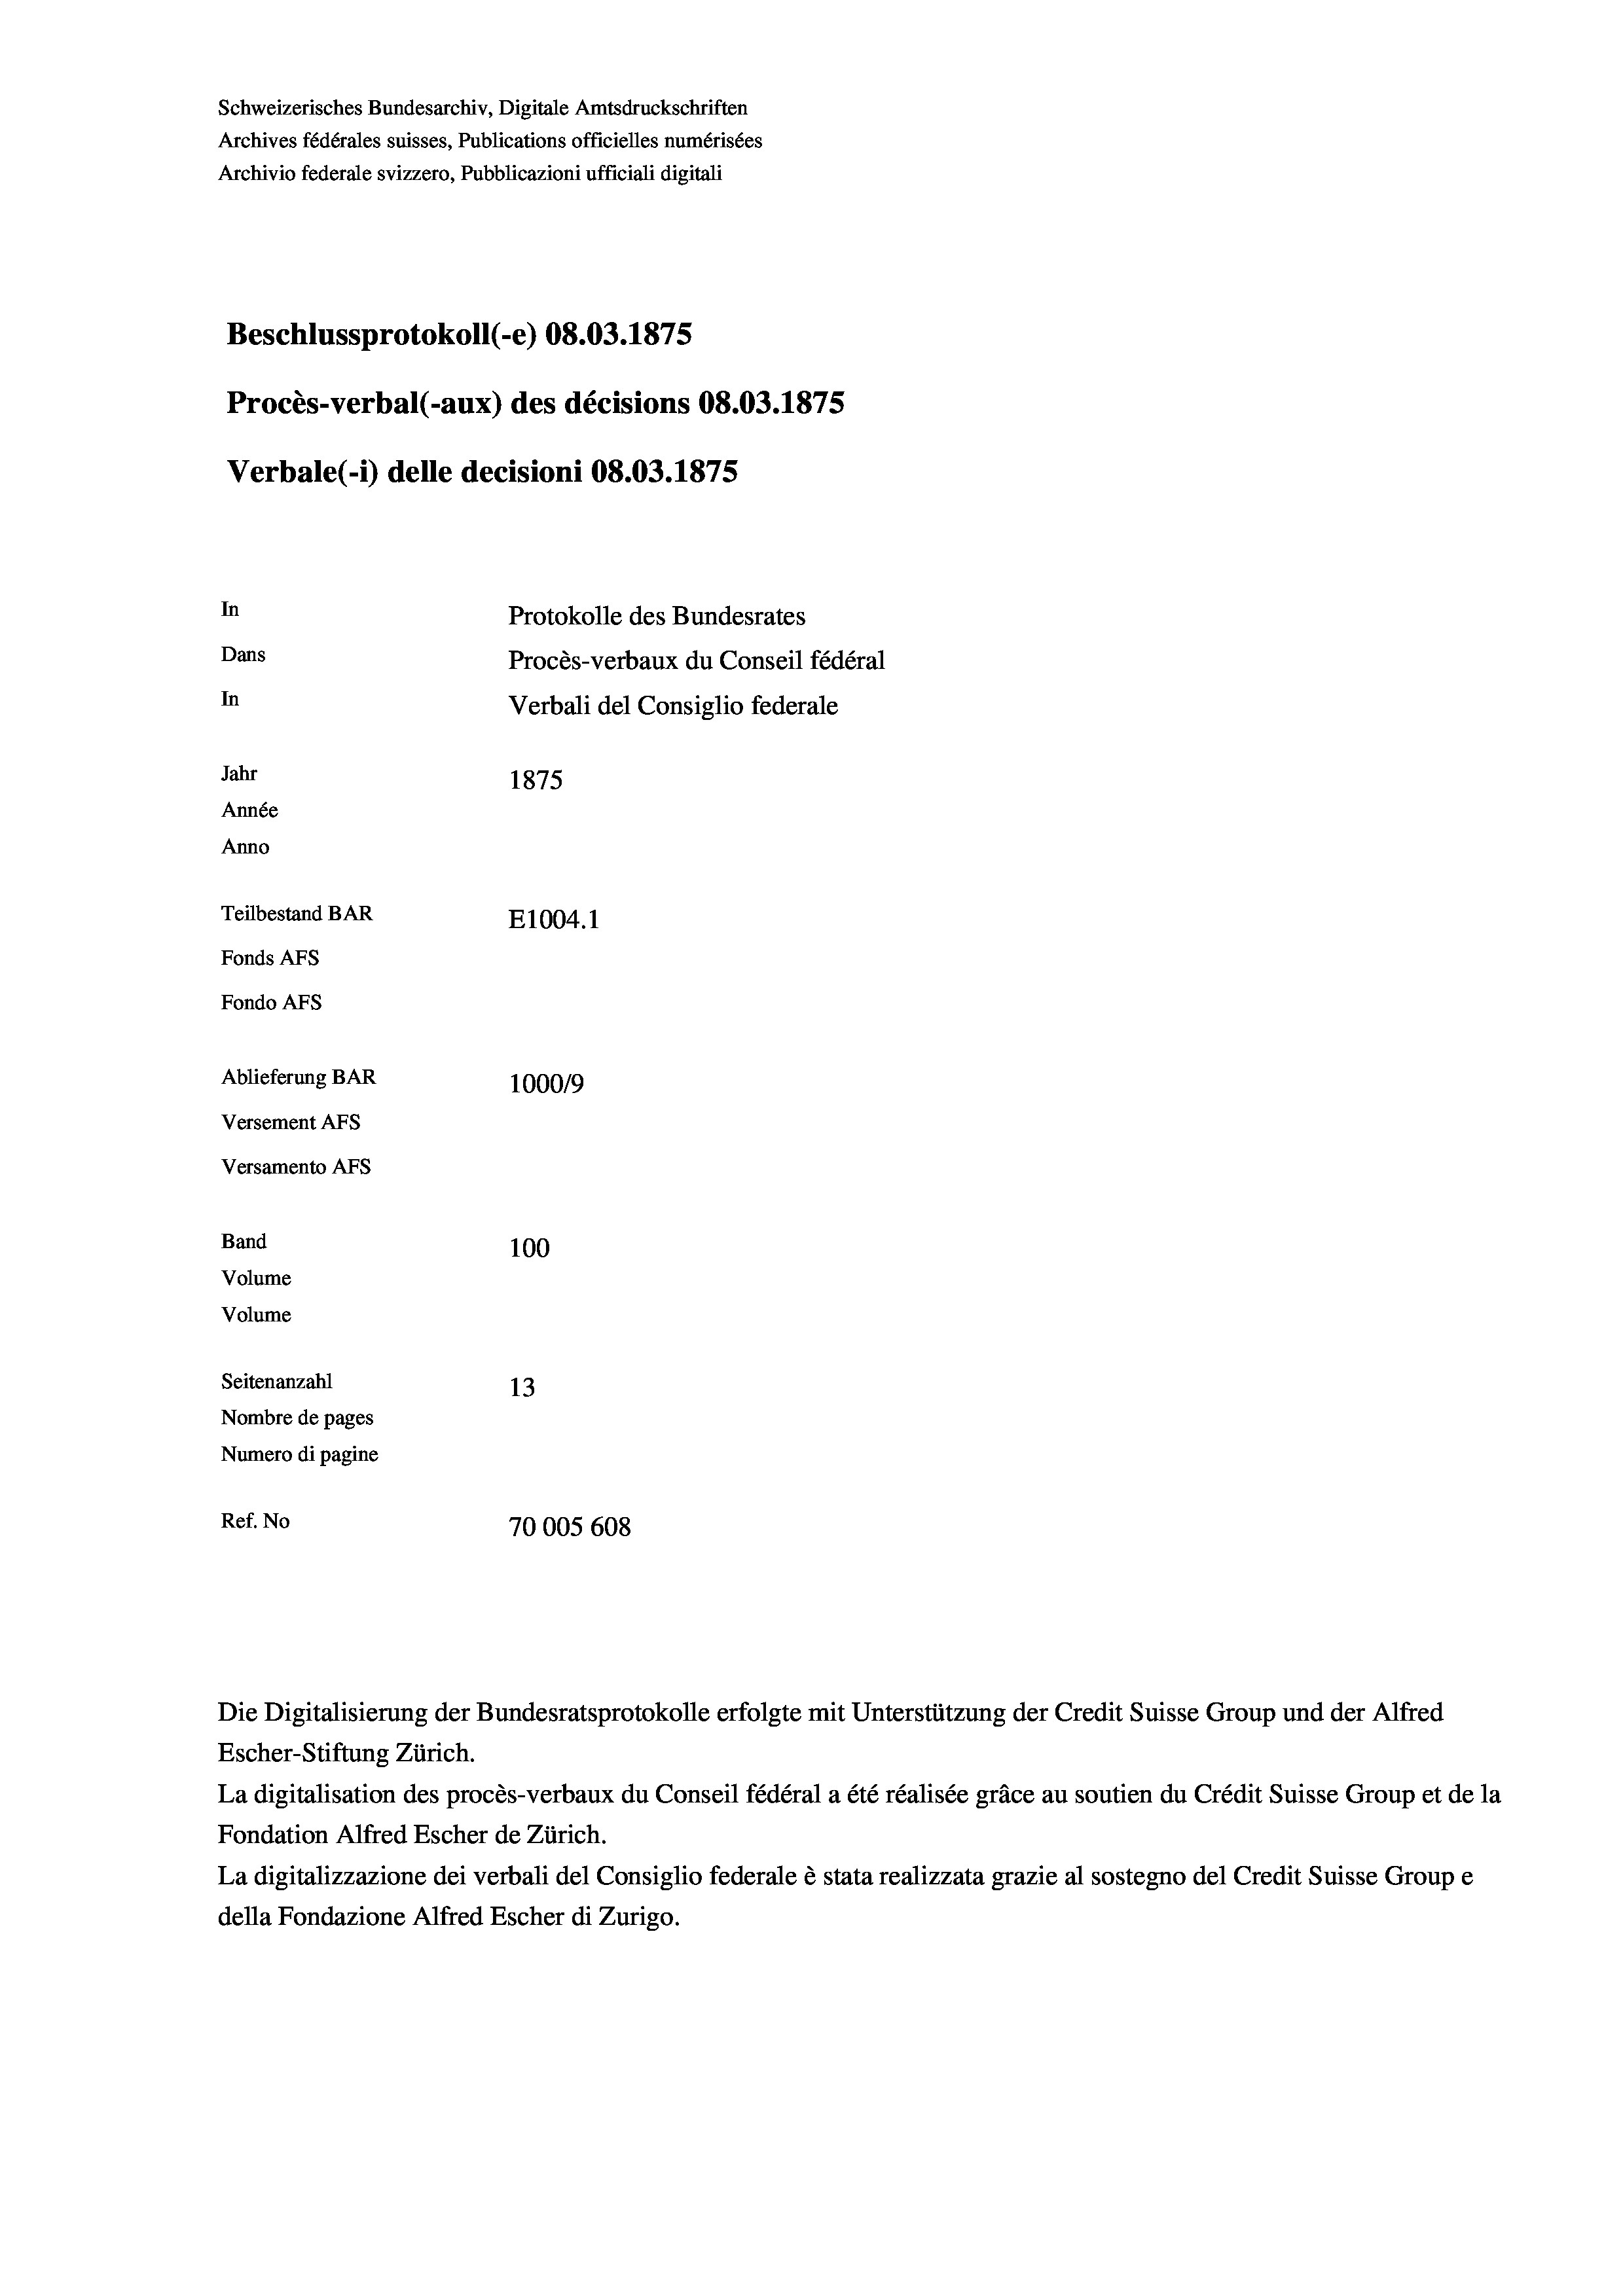
Schweizerisches Bundesarchiv, Digitale Amtsdruckschriften
Archives fédérales suisses, Publications officielles numérisées
Archivio federale svizzero, Pubblicazioni ufficiali digitali
Beschlussprotokoll (-e) 08.03. 1875
Procès-verbal (-aux) des décisions 08.03. 1875
Verbale(-*) delle decisioni 08.03. 1875
In
Protokolle des Bundesrates
Dans
Procès-verbaux du Conseil fédéral
In
Verbali del Consiglio federale
Jahr
1875
Année
Anno
Teilbestand BAR
E1004. 1
Fonds Afs
Fondo AFs
Ablieferung BAR
100019
Versement AFS
Versamento Afs
Band
100
Volume
Volume
Seitenanzahl
13
Nombre de pages
Numero di pagine
Ref. No
70005 608

Die Digitalisierung der Bundesratsprotokolle erfolgte mit Unterstützung der Credit Suisse Group und der Alfred
Escher-Stiftung Zürich.
La digitalisation des procès-verbaux du Conseil fédéral a été réalisée gräce au soutien du Crédit Suisse Group et de la
Fondation Alfred Escher de Zürich.
La digitalizzazione dei verbali del Consiglio federale è stata realizzata grazie al sostegno del Credit Suisse Groupe
della Fondazione Alfred Escher di Zurigo.